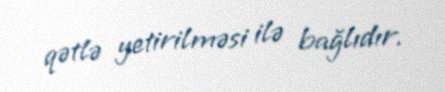
qətlə yetirilməsi ilə bağlıdır.